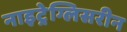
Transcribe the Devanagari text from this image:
नाइट्रेग्लिसरीन